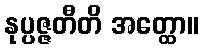
နုပ္ပဇ္ဇတီတိ အတ္ထော။